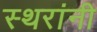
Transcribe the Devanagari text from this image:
स्थरांनी